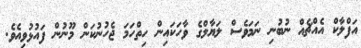
އަފްލާކް އެއްޗެއް ނުބުނި ނަމަވެސް ލަޔާލްގެ ވާހަކައިން ހިތްހަމަ ޖެހުނުކަން މޫނުން ފައުޅުވިއެވެ.